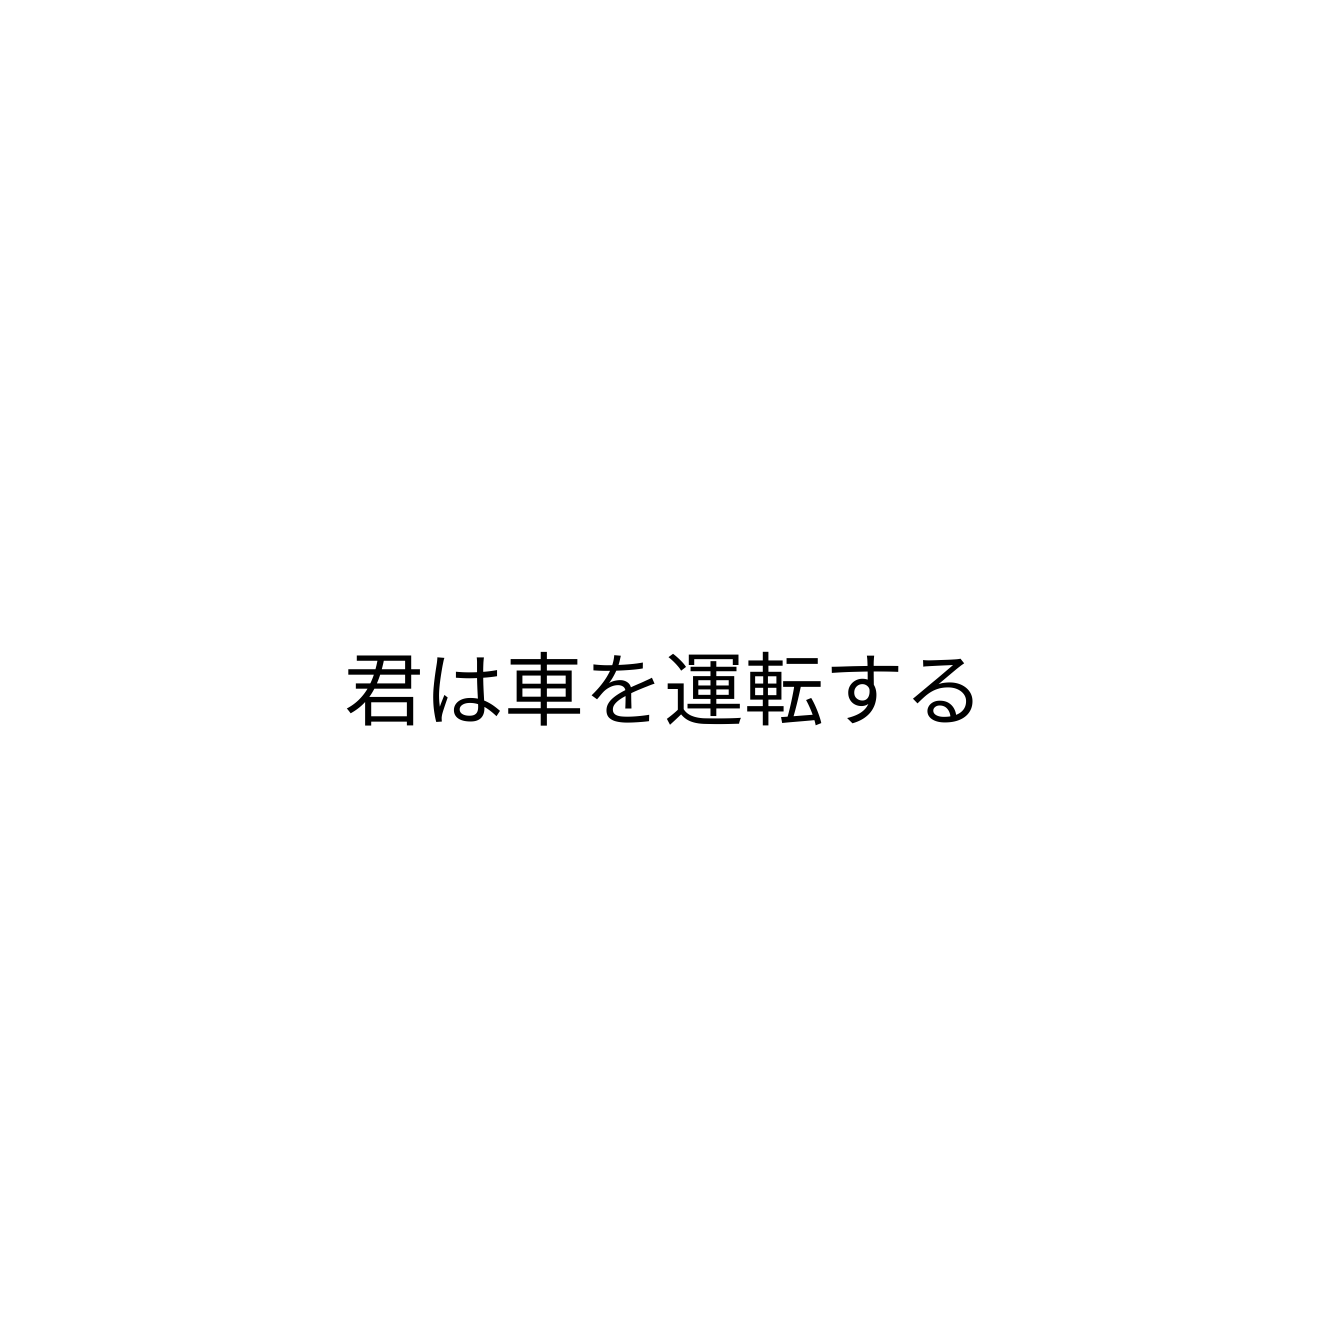
君は車を運転する